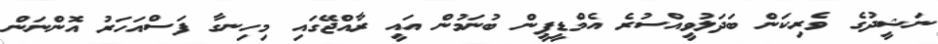
ނަޝީދުގެ ވެރިކަން ބަދަލުވީއްސުރެ އެމްޑީޕީން ބުނަމުން އައީ ރާއްޖޭގައި މިހިނގާ ފަސްއަހަރު އޮންނަން